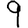
Digit: 9